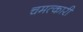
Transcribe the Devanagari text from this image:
चमत्‍कारी